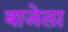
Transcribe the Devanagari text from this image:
बाजेला